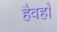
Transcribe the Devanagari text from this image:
हैवहाँ